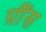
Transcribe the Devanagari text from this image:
ग्रींस